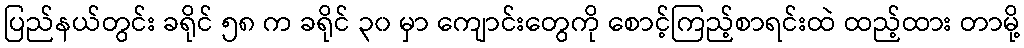
ပြည်နယ်တွင်း ခရိုင် ၅၈ က ခရိုင် ၃၀ မှာ ကျောင်းတွေကို စောင့်ကြည့်စာရင်းထဲ ထည့်ထား တာမို့